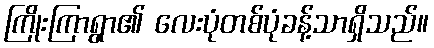
ကြိုးကြာရွာ၏ လေးပုံတစ်ပုံခန့်သာရှိသည်။